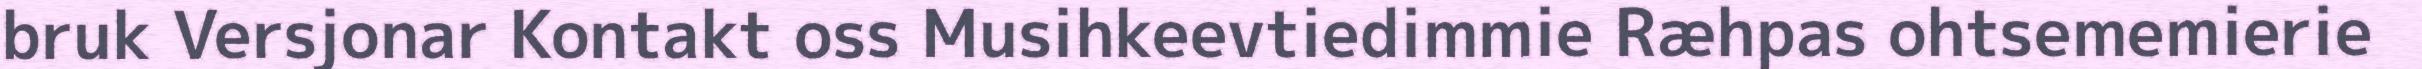
bruk Versjonar Kontakt oss Musihkeevtiedimmie Ræhpas ohtsememierie